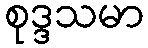
စုဒ္ဒသမာ